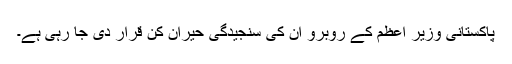
پاکستانی وزیر اعظم کے رُوبرو ان کی سنجیدگی حیران کُن قرار دی جا رہی ہے۔